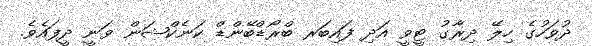
ދުވަހުގެ ހިލޭ ދިރާގު ޓީވީ އަދި ފައިބަރ ބްރޯޑްބޭންޑް ކަނެކްޝަން ވަނީ ދީފައެވެ.